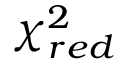
\chi _ { r e d } ^ { 2 }